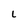
Character: L